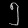
Digit: ၅